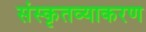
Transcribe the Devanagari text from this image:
संस्कृतव्याकरण